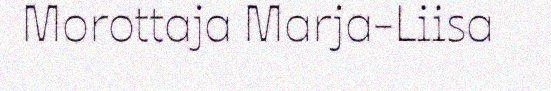
Morottaja Marja-Liisa